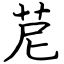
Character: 苨